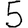
Digit: 5